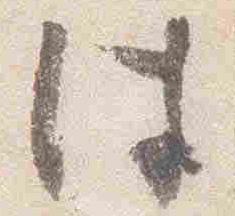
件